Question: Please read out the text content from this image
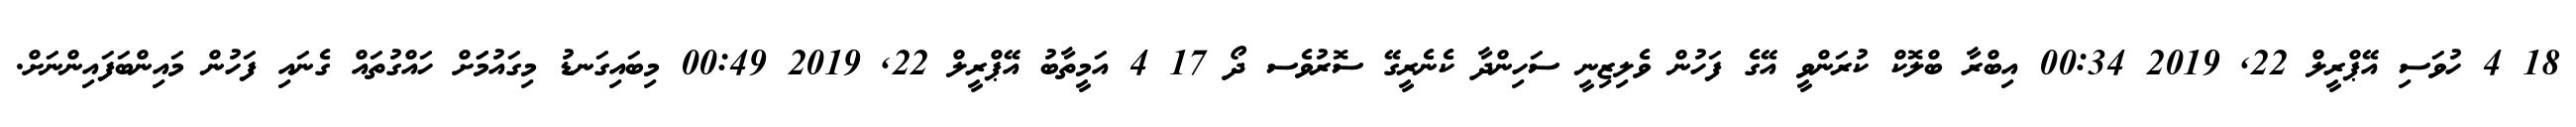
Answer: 18 4 ހުވަސި އޭޕްރީލް 22, 2019 00:34 އިބްރާ ބްލޮކް ކުރަންވީ އޭގެ ފަހުން ވެލިޒިނީ ސަހިންދާ ކެނެރީގޭ ސޮރުވެސ ދޯ 17 4 އަމީތާބު އޭޕްރީލް 22, 2019 00:49 މިބައިގަނޑު މިގައުމަަށް ހައްގުތައް ގެނައި ފަހުން މައިންބަފައިންނަށް.